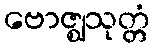
ဗောဇ္ဈသုတ္တံ